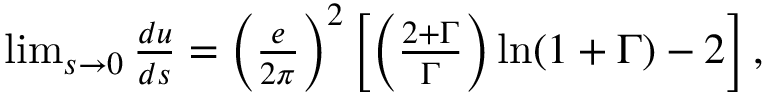
\begin{array} { r } { \operatorname* { l i m } _ { s \to 0 } \frac { d u } { d s } = \left( \frac { e } { 2 \pi } \right) ^ { 2 } \left[ \left( \frac { 2 + \Gamma } { \Gamma } \right) \ln ( 1 + \Gamma ) - 2 \right] , } \end{array}